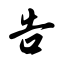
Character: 告